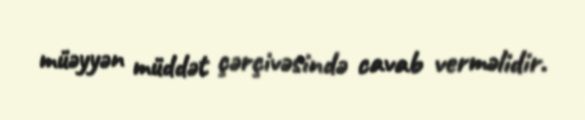
müəyyən müddət çərçivəsində cavab verməlidir.